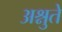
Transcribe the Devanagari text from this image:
अश्नुते